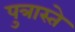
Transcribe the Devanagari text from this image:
पुत्रास्ते